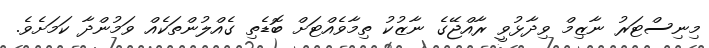
މިނިސްޓަރު ނާޒިމް ވިދާޅުވީ ރާއްޖޭގެ ނާޒުކު ތިމާވެއްޓަށް ބޮޑެތި ގެއްލުންތަކެއް ވަމުންދާ ކަަމަށެވެ.